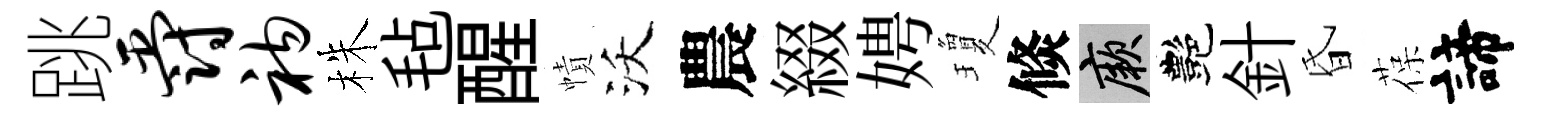
跳爵衲株毡醒幘沃農綴娉瓊倐厥艷針昏葆諦